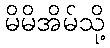
မိမိအိမ်သို့